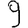
Digit: 9